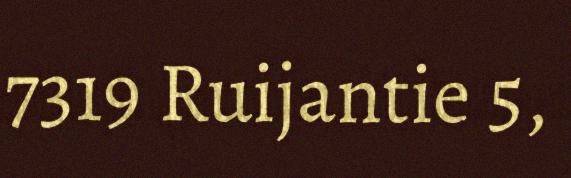
7319 Ruijantie 5,